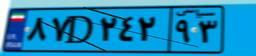
۸۷D۲۴۲۹۳